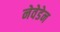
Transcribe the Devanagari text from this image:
नेवेडेन